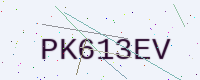
Text: PK613EV